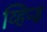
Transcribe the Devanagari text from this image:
व्हिप्ड